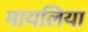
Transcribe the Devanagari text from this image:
मायलिया